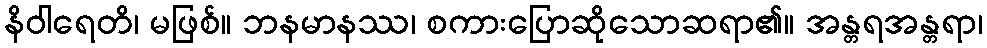
နိဝါရေတိ၊ မဖြစ်။ ဘနမာနဿ၊ စကားပြောဆိုသောဆရာ၏။ အန္တရအန္တရာ၊